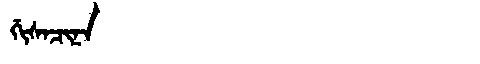
Manchu: ᡤᡳᠰᠠᠴᡳᠨᠠ
Romanization: GISACINA